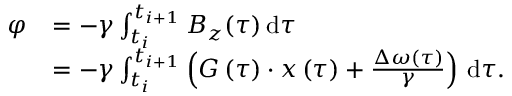
\begin{array} { r l } { \varphi } & { = - \gamma \int _ { t _ { i } } ^ { t _ { i + 1 } } B _ { z } ( \tau ) \, \mathrm { d } \tau } \\ & { = - \gamma \int _ { t _ { i } } ^ { t _ { i + 1 } } \left( \boldsymbol { G } \left( \tau \right) \cdot \boldsymbol { x } \left( \tau \right) + \frac { \Delta \omega ( \tau ) } { \gamma } \right) \, \mathrm { d } \tau . } \end{array}